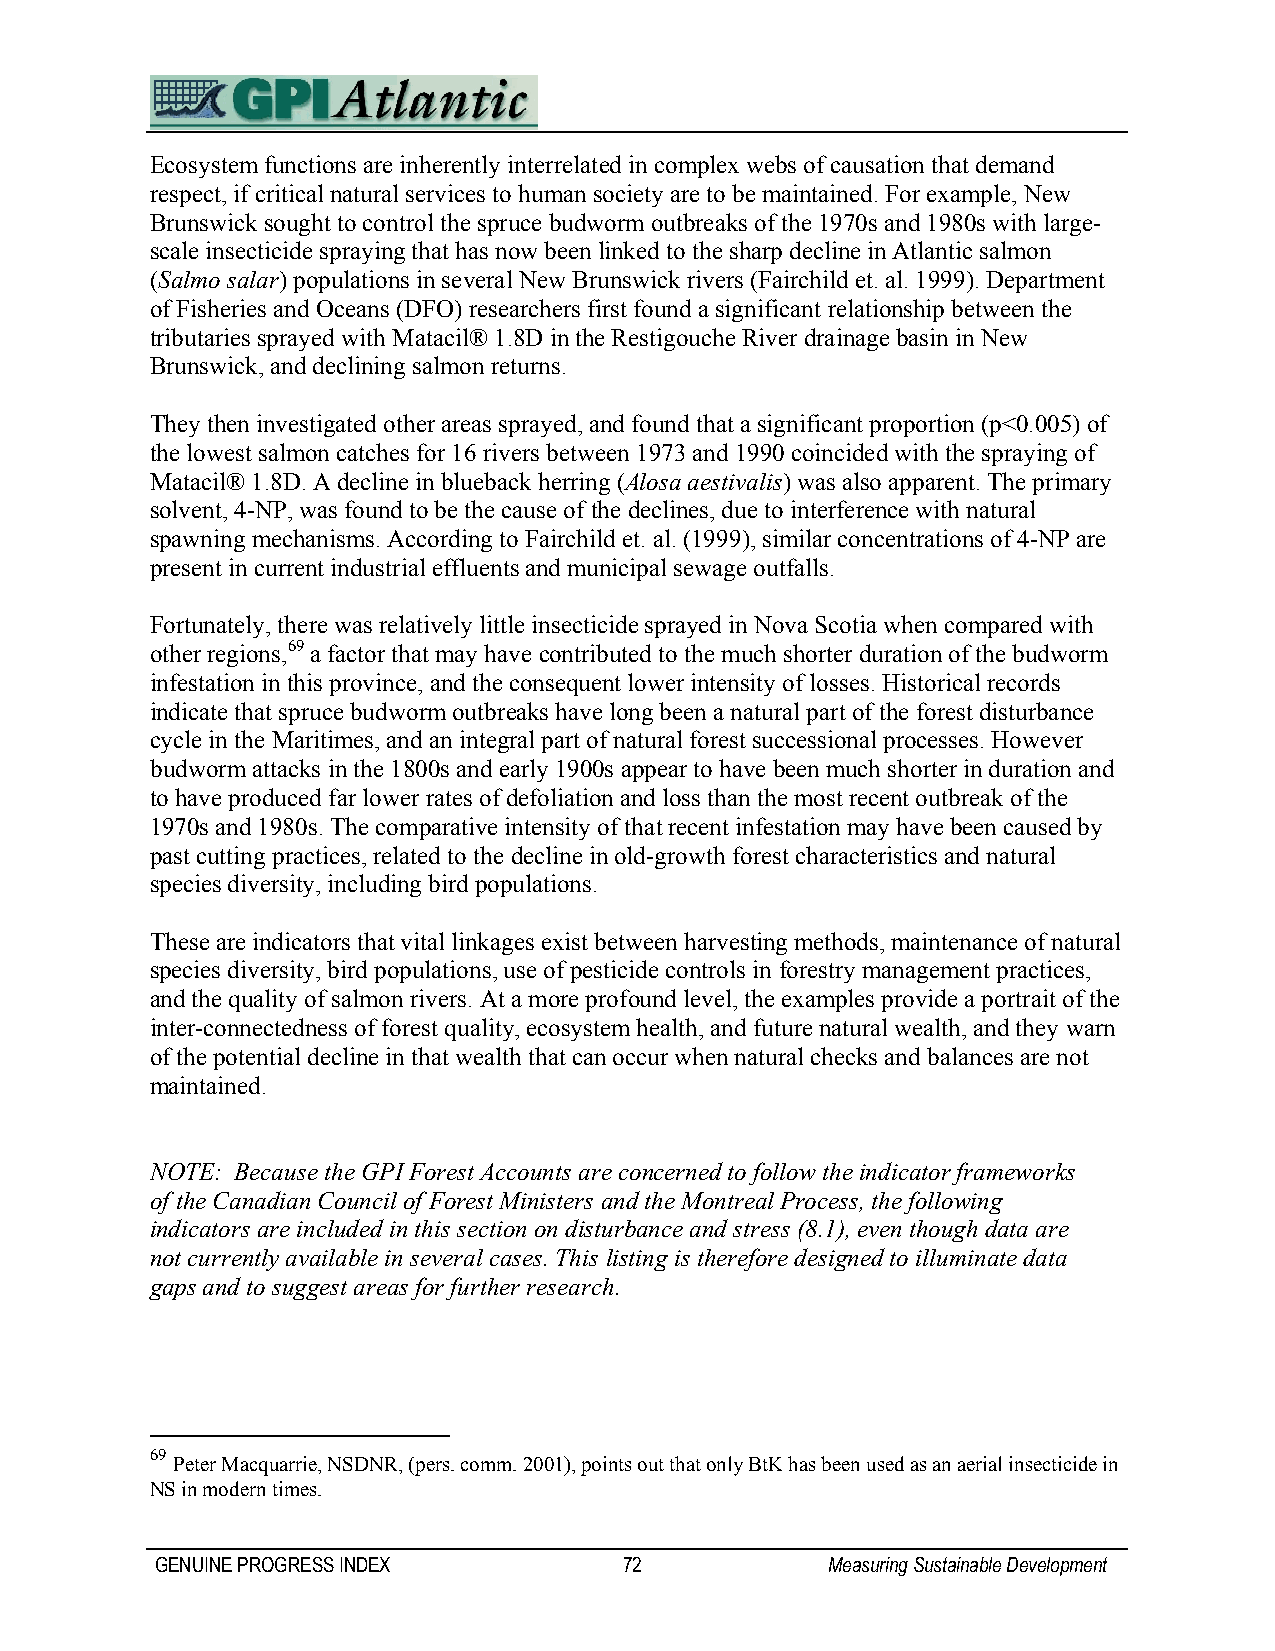
Ecosystem functions are inherently interrelated in complex webs of causation that demand
 respect, if critical natural services to human society are to be maintained. For example, New
 Brunswick sought to control the spruce budworm outbreaks of the 1970s and 1980s with large-
 scale insecticide spraying that has now been linked to the sharp decline in Atlantic salmon
 (Salmo salar) populations in several New Brunswick rivers (Fairchild et. al. 1999). Department
 of Fisheries and Oceans (DFO) researchers first found a significant relationship between the
 tributaries sprayed with Matacil® 1.8D in the Restigouche River drainage basin in New
 Brunswick, and declining salmon returns.
 They then investigated other areas sprayed, and found that a significant proportion (p<0.005) of
 the lowest salmon catches for 16 rivers between 1973 and 1990 coincided with the spraying of
 Matacil® 1.8D. A decline in blueback herring (Alosa aestivalis) was also apparent. The primary
 solvent, 4-NP, was found to be the cause of the declines, due to interference with natural
 spawning mechanisms. According to Fairchild et. al. (1999), similar concentrations of 4-NP are
 present in current industrial effluents and municipal sewage outfalls.
 Fortunately, there was relatively little insecticide sprayed in Nova Scotia when compared with
 other regions,69 a factor that may have contributed to the much shorter duration of the budworm
 infestation in this province, and the consequent lower intensity of losses. Historical records
 indicate that spruce budworm outbreaks have long been a natural part of the forest disturbance
 cycle in the Maritimes, and an integral part of natural forest successional processes. However
 budworm attacks in the 1800s and early 1900s appear to have been much shorter in duration and
 to have produced far lower rates of defoliation and loss than the most recent outbreak of the
 1970s and 1980s. The comparative intensity of that recent infestation may have been caused by
 past cutting practices, related to the decline in old-growth forest characteristics and natural
 species diversity, including bird populations.
 These are indicators that vital linkages exist between harvesting methods, maintenance of natural
 species diversity, bird populations, use of pesticide controls in forestry management practices,
 and the quality of salmon rivers. At a more profound level, the examples provide a portrait of the
 inter-connectedness of forest quality, ecosystem health, and future natural wealth, and they warn
 of the potential decline in that wealth that can occur when natural checks and balances are not
 maintained.
 NOTE: Because the GPI Forest Accounts are concerned to follow the indicator frameworks
 of the Canadian Council of Forest Ministers and the Montreal Process, the following
 indicators are included in this section on disturbance and stress (8.1), even though data are
 not currently available in several cases. This listing is therefore designed to illuminate data
 gaps and to suggest areas for further research.
 69
 Peter Macquarrie, NSDNR, (pers. comm. 2001), points out that only BtK has been used as an aerial insecticide in
 NS in modern times.
 GENUINE PROGRESS INDEX         72            Measuring Sustainable Development